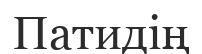
Патидің